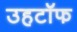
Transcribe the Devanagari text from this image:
उहटॉफ